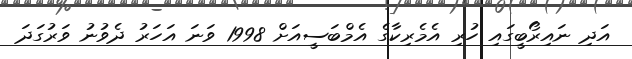
އަދި ނައިރޯބީގައި ހުރި އެމެރިކާގެ އެމްބަސީއަށް 1998 ވަނަ އަހަރު ދެވުނު ވަރުގަދަ